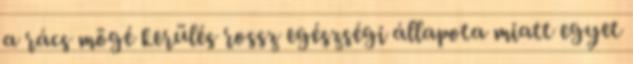
a rács mögé kerülés rossz egészségi állapota miatt egyet